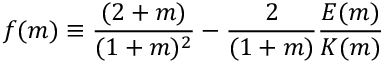
\begin{array} { c c c } { \displaystyle { f ( m ) \equiv \frac { ( 2 + m ) } { ( 1 + m ) ^ { 2 } } - \frac { 2 } { ( 1 + m ) } \frac { E ( m ) } { K ( m ) } } } \end{array}